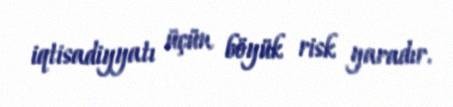
iqtisadiyyatı üçün böyük risk yaradır.